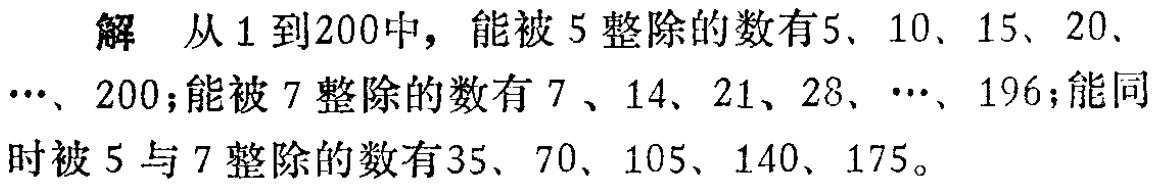
解 从 1 到200中，能被 5 整除的数有5、10、15、20、\(\cdots\)、200；能被 7 整除的数有 7 、14、21、28、\(\cdots\)、196；能同时被 5 与 7 整除的数有35、70、105、140、175。